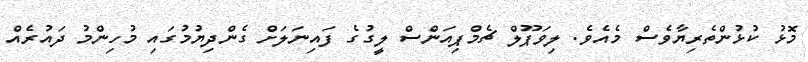
މޮޅު ކުޅުންތެރިޔާވެސް މެއެވެ. ލިވަޕޫލް ޗެމްޕިއަންސް ލީގުގެ ފައިނަލަށް ގެންދިޔުމުގައި މުހިންމު ދައުރެއް